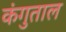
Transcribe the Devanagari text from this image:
कंगुताल